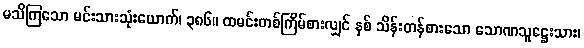
မသိကြသော မင်းသားသုံးယောက်၊ ၃၈၆။ ထမင်းတစ်ကြိမ်စားလျှင် နှစ် သိန်းတန်စားသော သောဏသူဋ္ဌေးသား၊